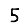
Digit: 5